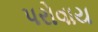
પરોવાય